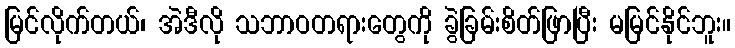
မြင်လိုက်တယ်၊ အဲဒီလို သဘာဝတရားတွေကို ခွဲခြမ်းစိတ်ဖြာပြီး မမြင်နိုင်ဘူး။